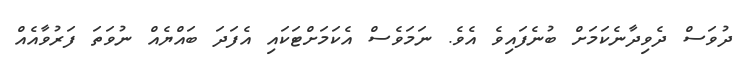
ދުވަސް ދެވިދާނެކަމަށް ބުނެފައިވެ އެވެ. ނަމަވެސް އެކަމަށްޓަކައި އެފަދަ ބައްޔެއް ނުވަތަ ފަރުވާއެއް